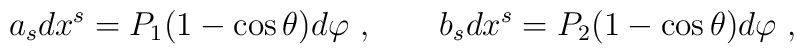
a_s dx^s= P_1 (1-\cos \theta) d\varphi\ , \ \ \ \  \ \  b_sdx^s = P_2 (1-\cos\theta)d\varphi\ ,